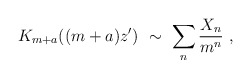
\begin{align*}K_{m+a}((m+a)z')\ \sim\ \sum_n \frac{X_n}{m^n}\ ,\end{align*}